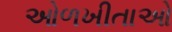
ઓળખીતાઓ